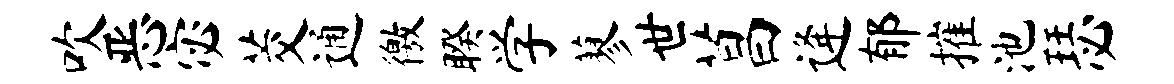
吹恶宓茭通徼睽学蓼世菖逄郁摧池瑟